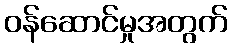
ဝန်ဆောင်မှုအတွက်